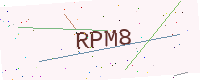
Text: RPM8